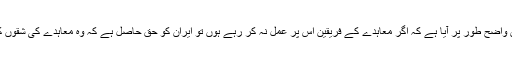
یوں بھی اس معاہدے کی شق نمبر 26 اور 36 میں واضح طور پر آیا ہے کہ اگر معاہدے کے فریقین اس پر عمل نہ کر رہے ہوں تو ایران کو حق حاصل ہے کہ وہ معاہدے کی شقوں کو نظرانداز کرکے اپنی مرضی کے فیصلے کرے۔